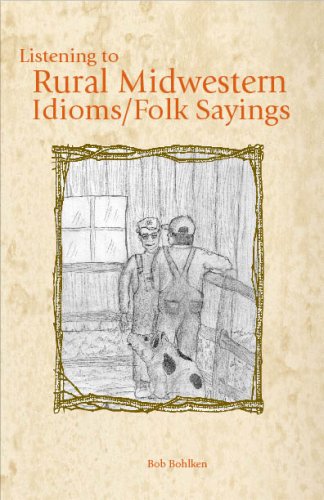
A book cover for Listening to Rural Midwestern Idioms/Folk Sayings; Bob Bohlken; Humor & Entertainment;